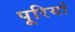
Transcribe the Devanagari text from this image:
पूरियां